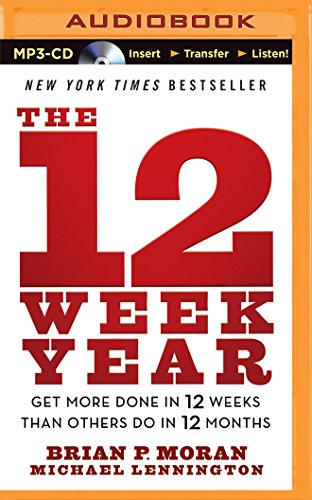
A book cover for The 12 Week Year: Get More Done in 12 Weeks Than Others Do in 12 Months; Brian P. Moran; Business & Money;